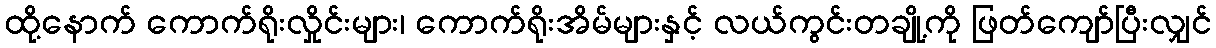
ထို့နောက် ကောက်ရိုးလှိုင်းများ၊ ကောက်ရိုးအိမ်များနှင့် လယ်ကွင်းတချို့ကို ဖြတ်ကျော်ပြီးလျှင်